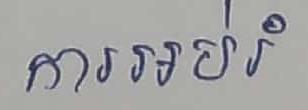
ការអប់រំ